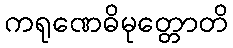
ကရုဏေဓိမုတ္တောတိ